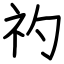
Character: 礿